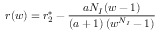
r ( w ) = r _ { 2 } ^ { * } - \frac { a N _ { I } ( w - 1 ) } { ( a + 1 ) \left( w ^ { N _ { I } } - 1 \right) }